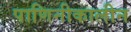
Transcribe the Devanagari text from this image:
पाणिनीकालीन